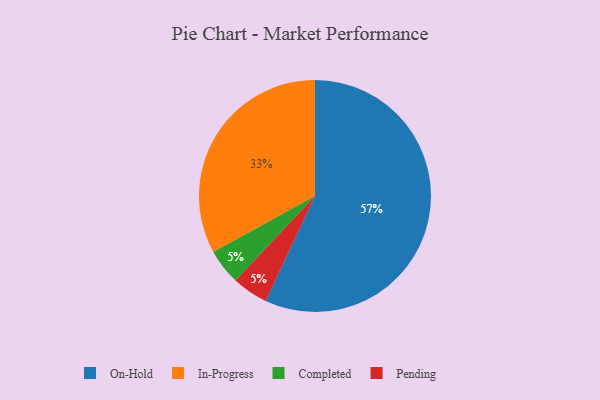
{"axis": {"x": "Category", "y": "Percentage"}, "legend": ["Completed", "In-Progress", "On-Hold", "Pending"], "data": [{"x": "Completed", "y": 5, "type": "Completed"}, {"x": "Pending", "y": 5, "type": "Pending"}, {"x": "In-Progress", "y": 33, "type": "In-Progress"}, {"x": "On-Hold", "y": 57, "type": "On-Hold"}]}